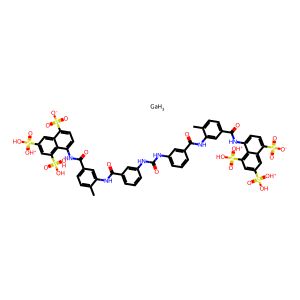
SMILES: Cc1ccc(C(=O)Nc2ccc(S(=O)(=O)[O-])c3cc(S(=O)(O)=[OH+])cc(S(=O)(O)=[OH+])c23)cc1NC(=O)c1cccc(NC(=O)Nc2cccc(C(=O)Nc3cc(C(=O)Nc4ccc(S(=O)(=O)[O-])c5cc(S(=O)(O)=[OH+])cc(S(=O)(O)=[OH+])c45)ccc3C)c2)c1.[GaH3]
Inhibits HIV replication: No